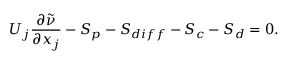
U _ { j } \frac { \partial \tilde { \nu } } { \partial x _ { j } } - S _ { p } - S _ { d i f f } - S _ { c } - S _ { d } = 0 .